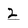
Character: z